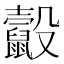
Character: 𪕸